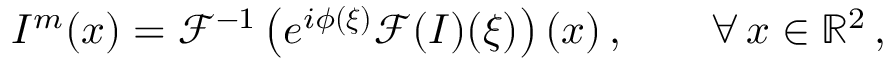
I ^ { m } ( \boldsymbol { x } ) = \mathcal { F } ^ { - 1 } \left( e ^ { i \phi ( \boldsymbol { \xi } ) } \mathcal { F } ( I ) ( \boldsymbol { \xi } ) \right) ( \boldsymbol { x } ) \, , \qquad \forall \, \boldsymbol { x } \in \mathbb { R } ^ { 2 } \, ,